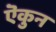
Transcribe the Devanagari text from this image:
ऎकुन